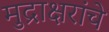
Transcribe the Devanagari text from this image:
मुद्राक्षरांचे